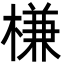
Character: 槏